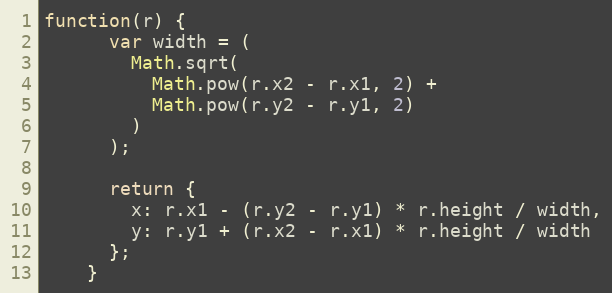
Language: JavaScript
function(r) {
      var width = (
        Math.sqrt(
          Math.pow(r.x2 - r.x1, 2) +
          Math.pow(r.y2 - r.y1, 2)
        )
      );

      return {
        x: r.x1 - (r.y2 - r.y1) * r.height / width,
        y: r.y1 + (r.x2 - r.x1) * r.height / width
      };
    }